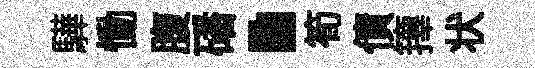
驊慟腹磻·筍債籜状